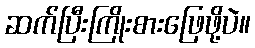
ဆက်ပြီးကြိုးစားဖြေဖို့ပဲ။